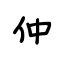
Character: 仲